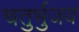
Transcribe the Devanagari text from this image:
चतुर्भुजय